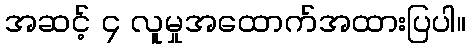
အဆင့် ၄ လူမှုအထောက်အထားပြပါ။